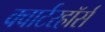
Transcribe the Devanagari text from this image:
क्वार्टरहॉर्स